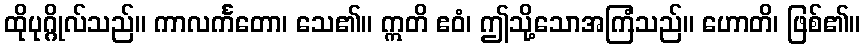
ထိုပုဂ္ဂိုလ်သည်။ ကာလင်္ကတော၊ သေ၏။ ဣတိ ဧဝံ၊ ဤသို့သောအကြံသည်။ ဟောတိ၊ ဖြစ်၏။